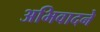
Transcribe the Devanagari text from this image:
अभिवादने